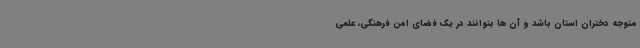
متوجه دختران استان باشد و آن ها بتوانند در یک فضای امن فرهنگی، علمی